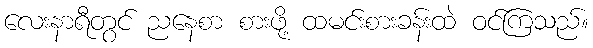
လေးနာရီတွင် ညနေစာ စားဖို့ ထမင်းစားခန်းထဲ ဝင်ကြသည်။